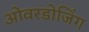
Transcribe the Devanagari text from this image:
ओवरडोजिंग